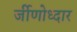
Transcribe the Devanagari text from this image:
र्जीणोध्दार